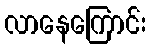
လာနေကြောင်း